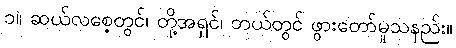
၁။ ဆယ်လစေ့တွင်၊ တို့အရှင်၊ ဘယ်တွင် ဖွားတော်မူသနည်း။